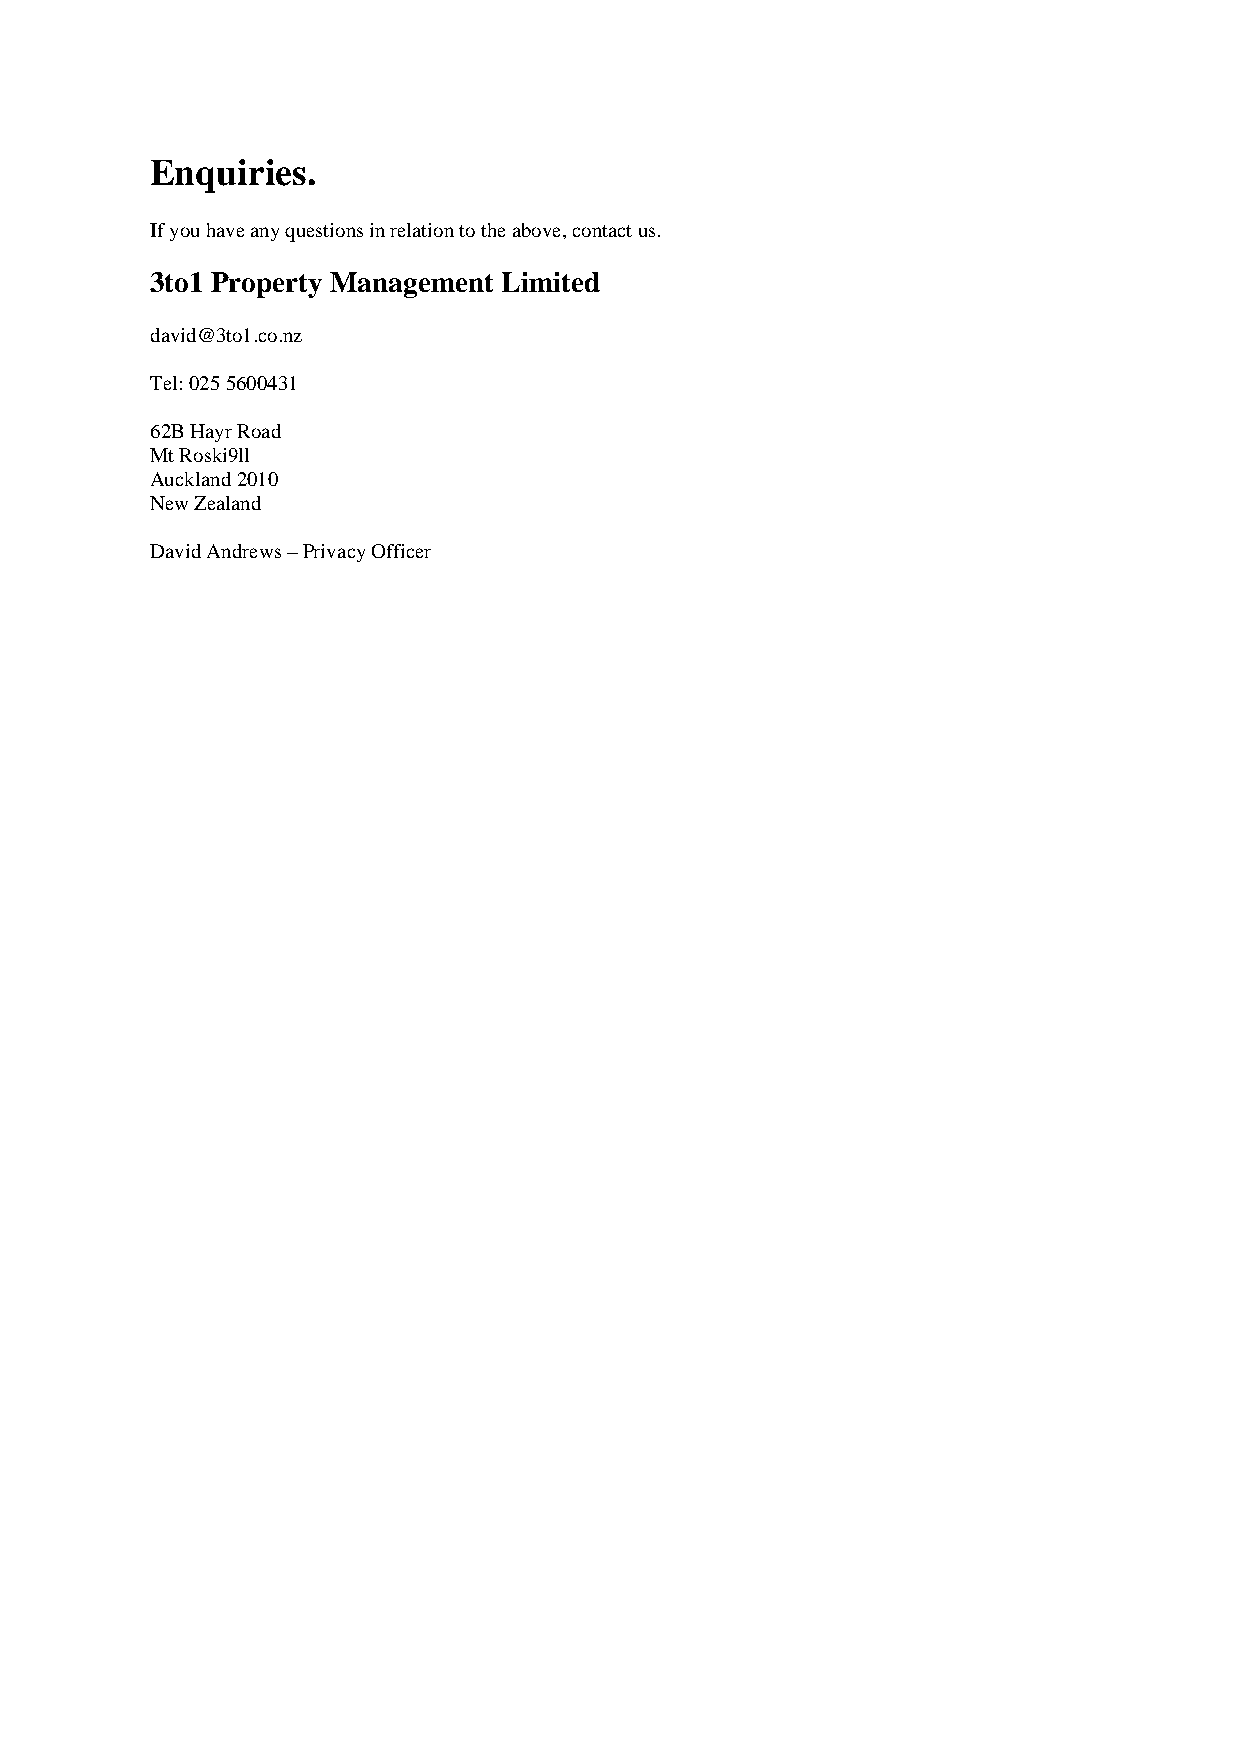
Enquiries.
 If you have any questions in relation to the above, contact us.
 3to1 Property Management Limited
 david@3to1.co.nz
 Tel: 025 5600431
 62B Hayr Road
 Mt Roski9ll
 Auckland 2010
 New Zealand
 David Andrews – Privacy Officer